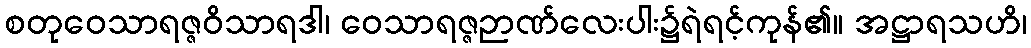
စတုဝေသာရဇ္ဇဝိသာရဒါ၊ ဝေသာရဇ္ဇဉာဏ်လေးပါး၌ရဲရင့်ကုန်၏။ အဋ္ဌာရသဟိ၊